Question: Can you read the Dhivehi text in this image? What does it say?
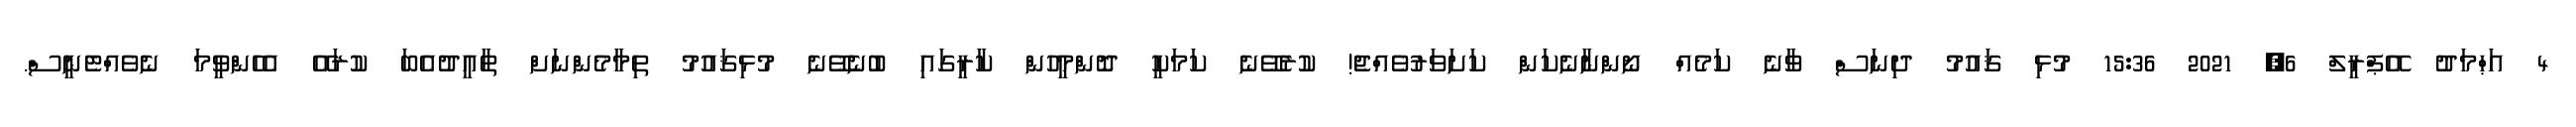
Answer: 4 އަޙްމަދު އޭޕްރީލް 6, 2021 15:36 މުޅި ޤައުމު ދިނަސް ވާނެ ކަމެއް ނޯންނާނެކަން ކަށަވަރުވެއްޖެ! ކުރެވޭނެ ކަމަކީ ދޮންމީހުން ކާރީގައި ބުނެވޭނެ މުޅިޤައުމު ތިމާމެންނަށް ތާއީދުއެބަ ކުރައޭ އެހެންވީމަ ނެވެއްޓެނީސް.